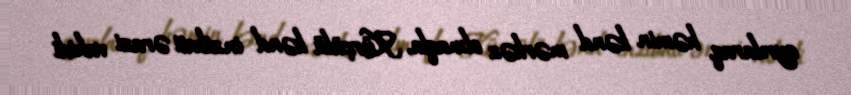
ayrılaraq, həmin kənd mərkəz olmaqla, Kürçülü kənd inzibati ərazi vahidi